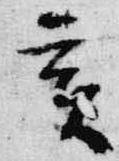
亥